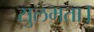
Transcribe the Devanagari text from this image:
सुलभता।